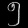
Digit: ၅